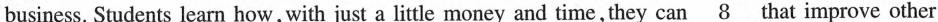
business. Students learn how, with just a little money and time, they can\underline{8}that improve other